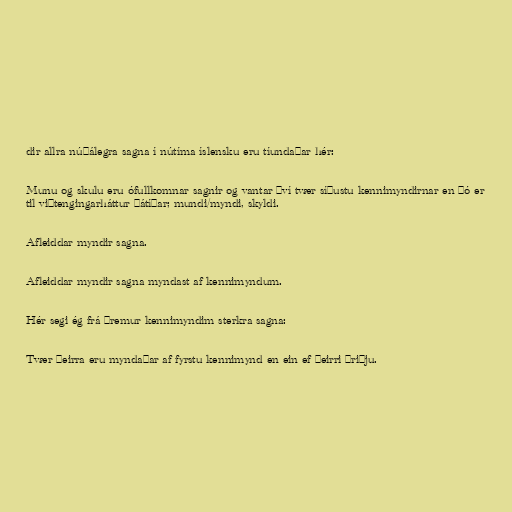
dir allra núþálegra sagna í nútíma íslensku eru tíundaðar hér:

Munu og skulu eru ófullkomnar sagnir og vantar því tvær síðustu kennimyndirnar en þó er
til viðtengingarháttur þátíðar; mundi/myndi, skyldi.

Afleiddar myndir sagna.

Afleiddar myndir sagna myndast af kennimyndum.

Hér segi ég frá þremur kennimyndim sterkra sagna:

Tvær þeirra eru myndaðar af fyrstu kennimynd en ein ef þeirri þriðju.